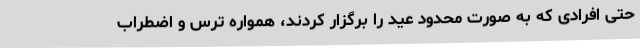
حتی افرادی که به صورت محدود عید را برگزار کردند، همواره ترس و اضطراب